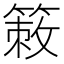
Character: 𥰡